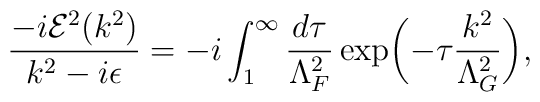
\frac{-i{\cal E}^2(k^2)}{k^2-i\epsilon}=-i\int^{\infty}_1\frac{d\tau}{\Lambda^2_F}\exp\biggl(-\tau\frac{k^2}{\Lambda^2_G}\biggr),